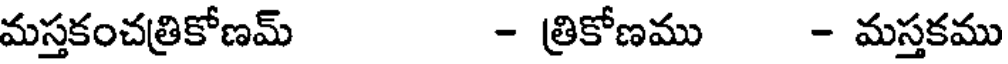
మస్తకంచత్రికోణమ్ - త్రికోణము - మస్తకము